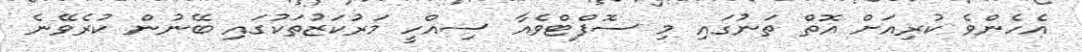
އެހެންވެ ކުރިއަށް އޮތް ތަނުގައި މި ސޮފްޓްވެއާ ސިއްހީ މަރުކަޒުތަކުގައި ބޭނުން ކުރެވޭނެ